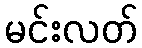
မင်းလတ်